65_HS1-834228961_62-HQ-83894_Serial_164
Agency: FBI
Page 20
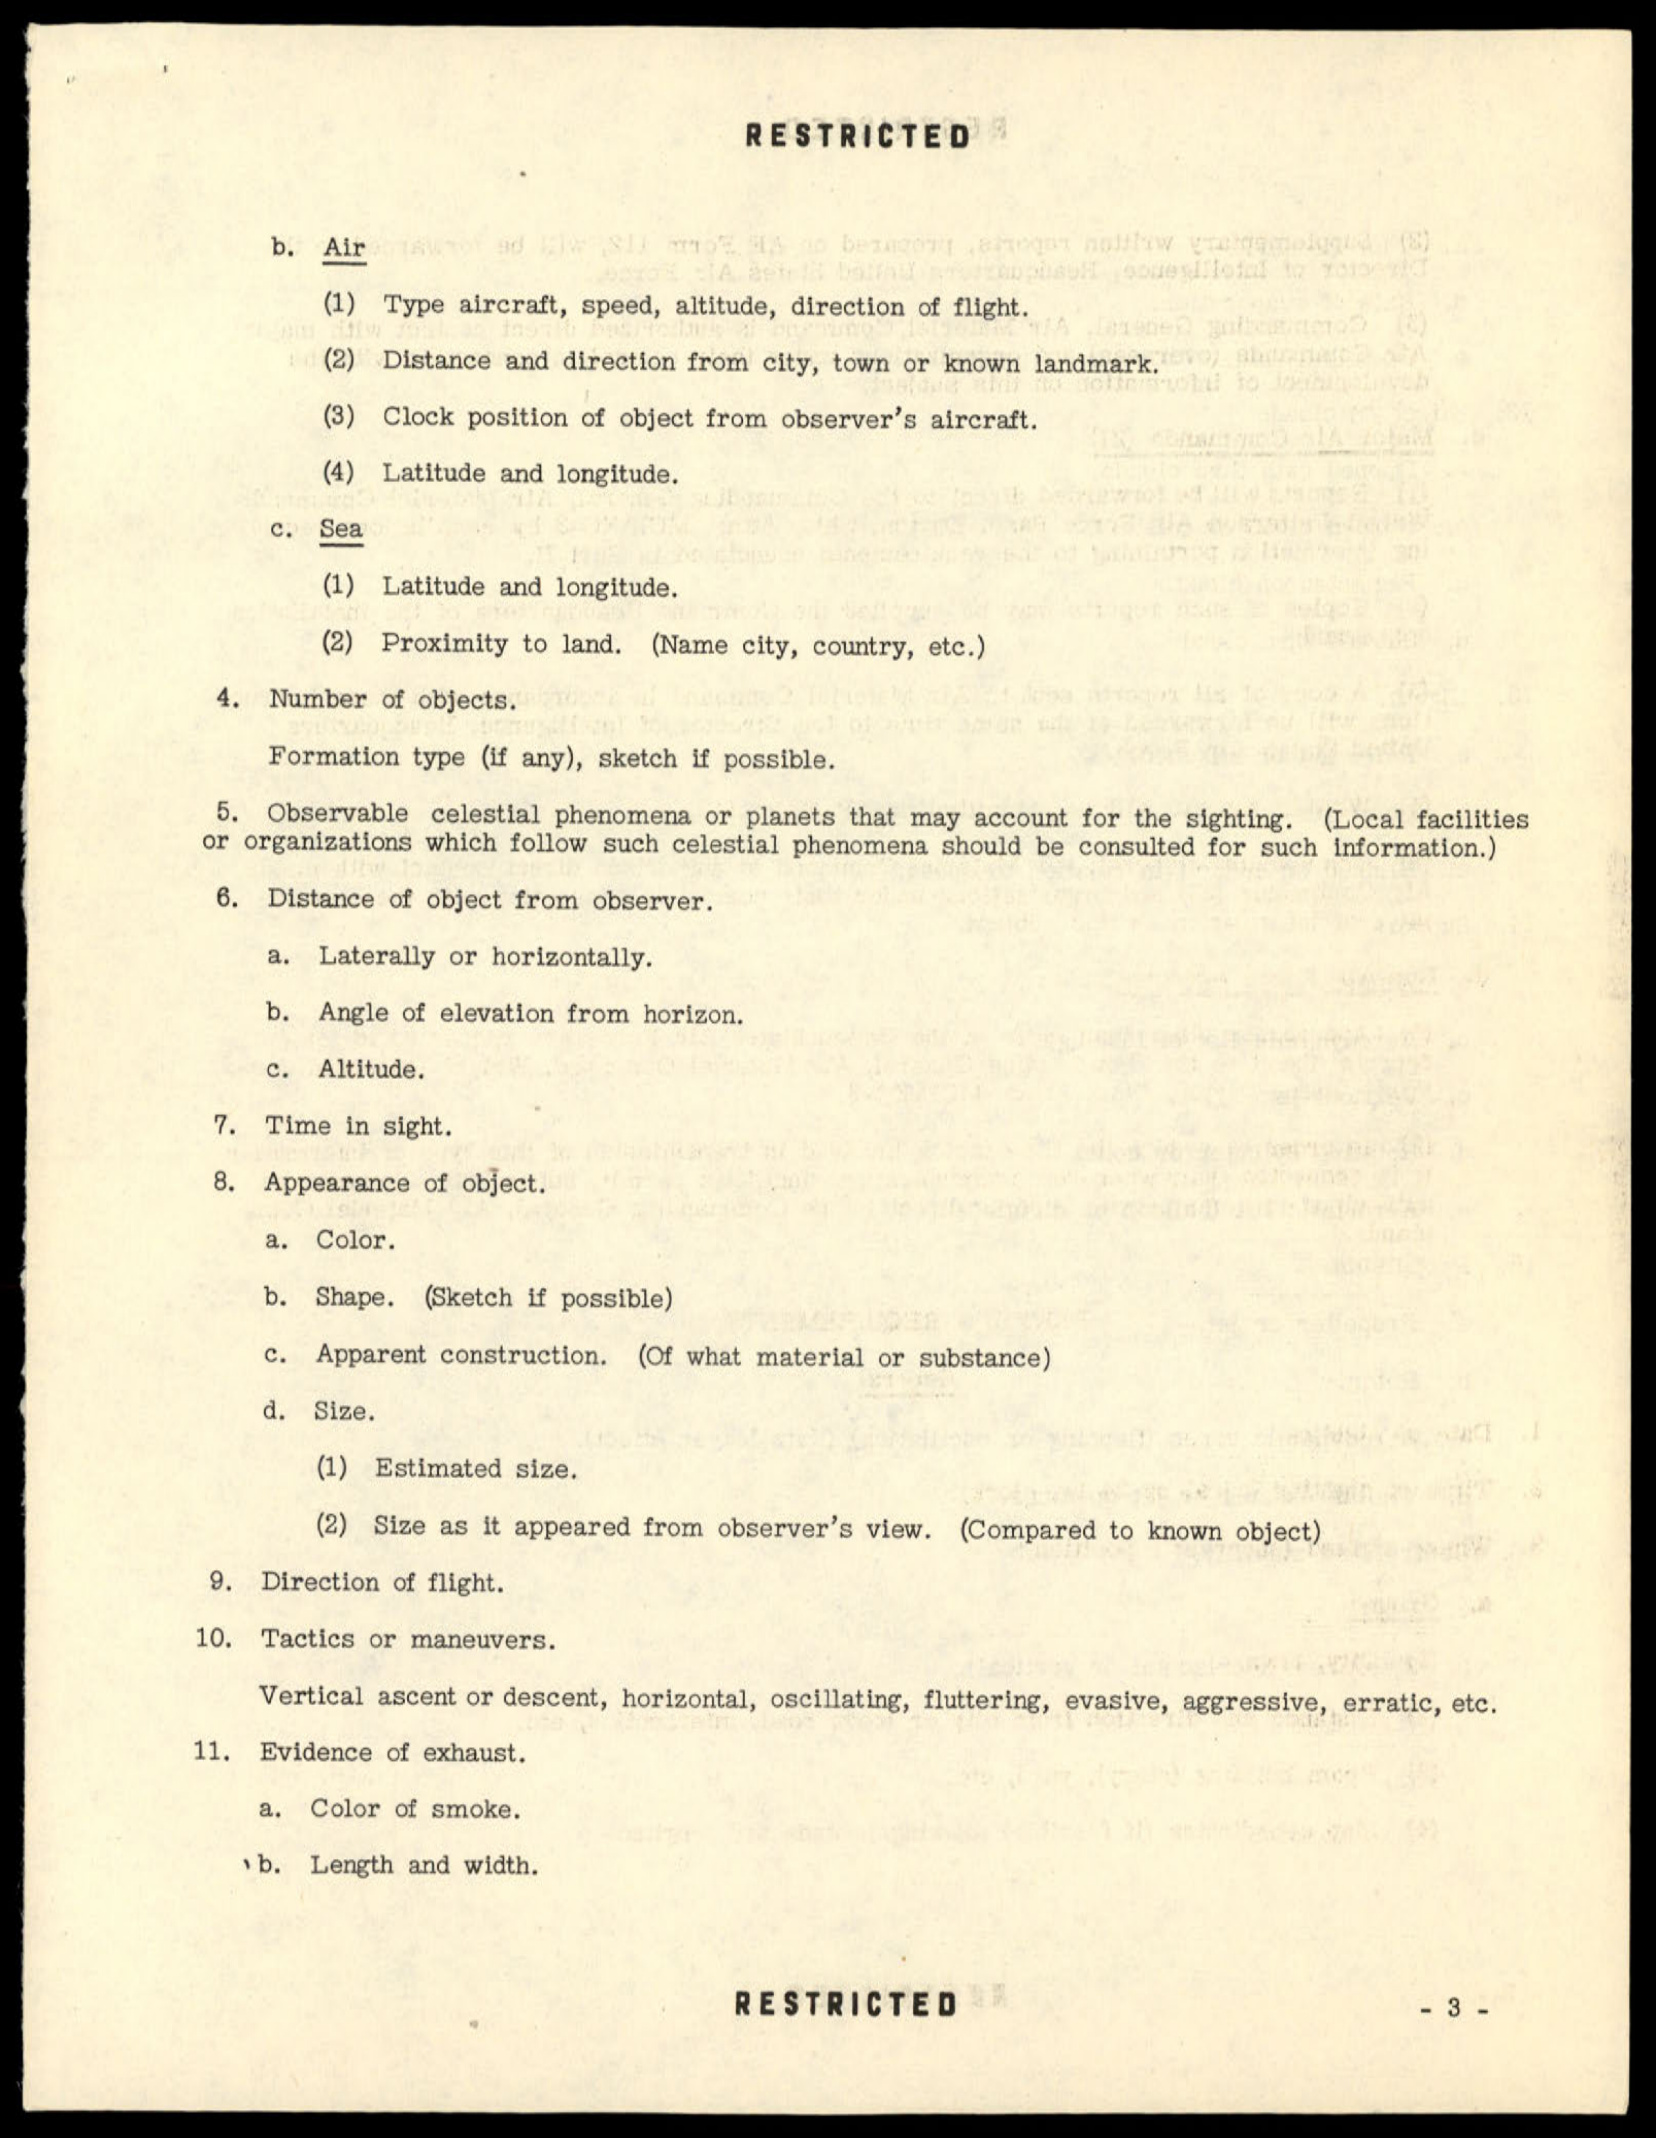